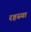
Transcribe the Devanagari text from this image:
रहस्या